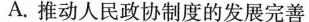
A.推动人民政协制度的发展完善